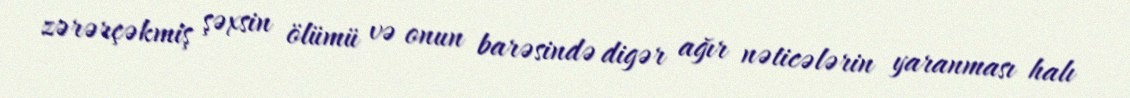
zərərçəkmiş şəxsin ölümü və onun barəsində digər ağır nəticələrin yaranması halı